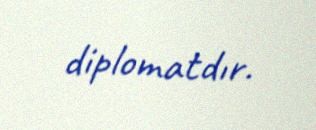
diplomatdır.